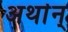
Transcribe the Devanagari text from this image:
अर्थान्